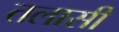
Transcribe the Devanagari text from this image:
तलासी